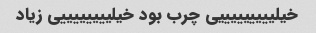
خیلیییییییییی چرب بود خیلییییییییی زیاد